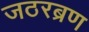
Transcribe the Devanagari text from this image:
जठरब्रण